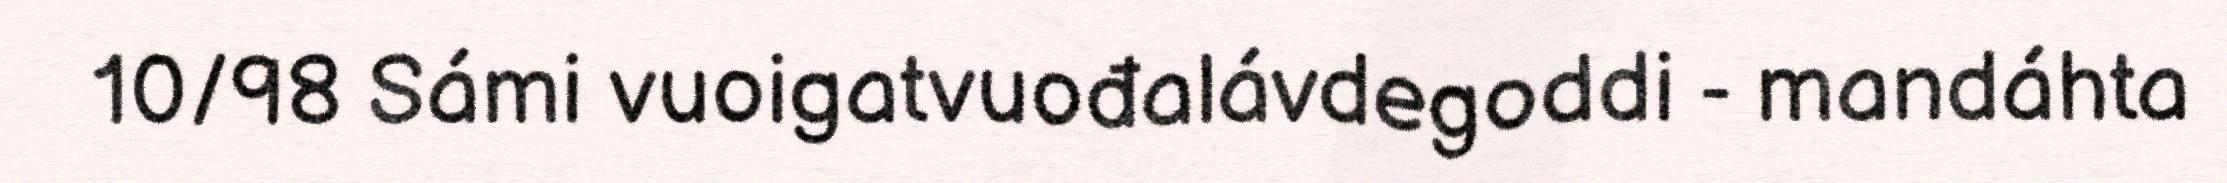
10/98 Sámi vuoigatvuođalávdegoddi - mandáhta